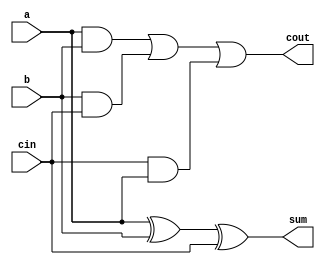
module fa(cout,sum,a,b,cin);
input a,b,cin;
output sum,cout;

assign sum = a^b^cin; // SYMBOLS  | OPERATORS ^
assign cout =  a&b | b &cin  | cin &a;

endmodule